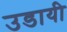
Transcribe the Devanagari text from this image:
उडायी